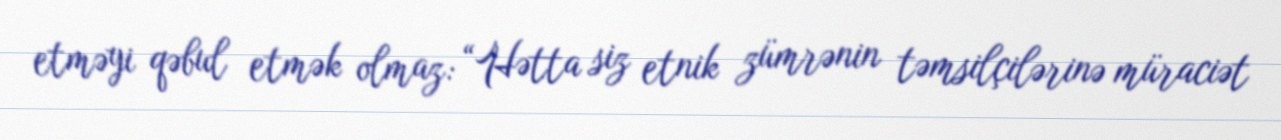
etməyi qəbul etmək olmaz: “Hətta siz etnik zümrənin təmsilçilərinə müraciət